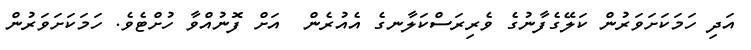
އަދި ހަމަކަށަވަރުން ކަލޭގެފާނުގެ ވެރިރަސްކަލާނގެ އެއުރެން  އަށް ފޮނުއްވާ ހުށްޓެވެ. ހަމަކަށަވަރުން